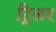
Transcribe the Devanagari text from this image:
ट्रिलर